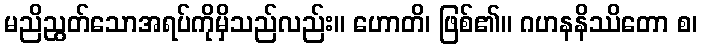
မညိညွတ်သောအရပ်ကိုမှိသည်လည်း။ ဟောတိ၊ ဖြစ်၏။ ဂဟနနိဿိတော စ၊